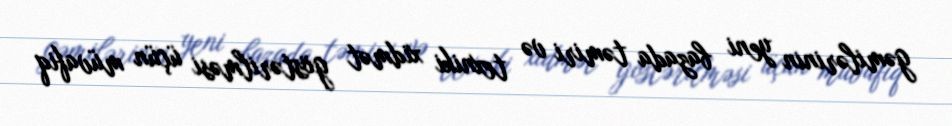
gəmilərinin yeni bazada təmiri və texniki xidmət göstərilməsi üçün müvafiq